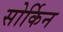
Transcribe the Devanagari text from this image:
सोर्किन